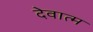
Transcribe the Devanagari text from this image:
देवात्म